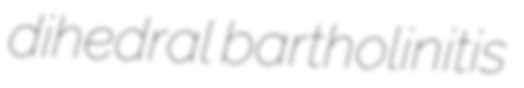
dihedral bartholinitis